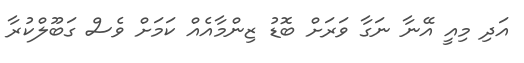
އަދި މިއީ އޭނާ ނަގާ ވަރަށް ބޮޑު ޒިންމާއެއް ކަމަށް ވެސް ގަބޫލްކުރާ